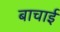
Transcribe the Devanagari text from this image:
बाचाई